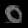
Digit: ၀